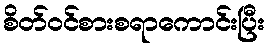
စိတ်ဝင်စားစရာကောင်းပြီး